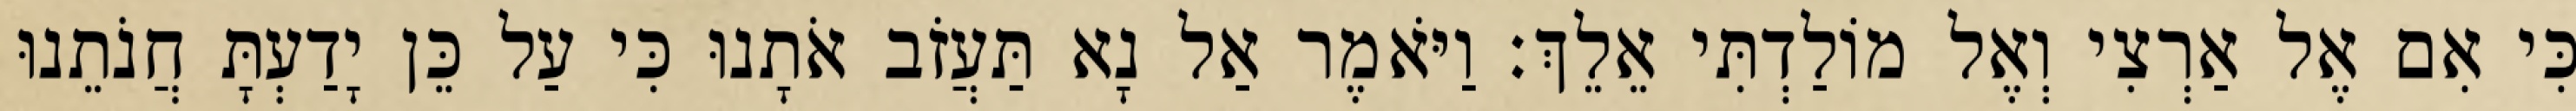
כִּי אִם אֶל אַרְצִי וְאֶל מוֹלַדְתִּי אֵלֵךְ׃ וַיֹּאמֶר אַל נָא תַּעֲזֹב אֹתָנוּ כִּי עַל כֵּן יָדַעְתָּ חֲנֹתֵנוּ